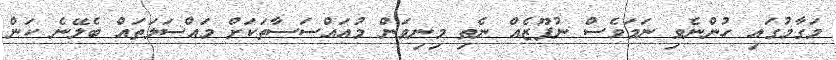
މަގާމުގައި ހުންނެވި ނަމަވެސް ނުފޫޒެއް ނެތި މިނިވަން މުއައްސަސާތަކަށް މައްސަލަތައް ބެލޭނެ ކަން